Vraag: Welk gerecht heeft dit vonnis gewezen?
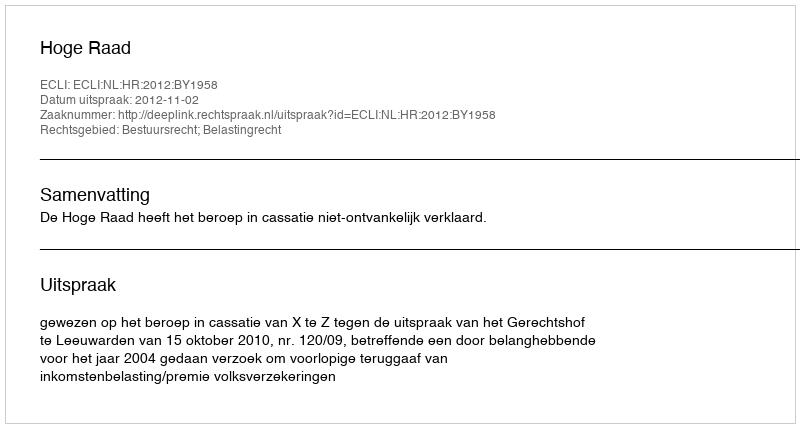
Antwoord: Hoge Raad